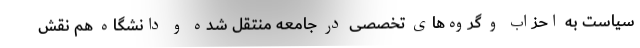
سیاست به احزاب و گروه‌های تخصصی در جامعه منتقل شده و دانشگاه هم نقش